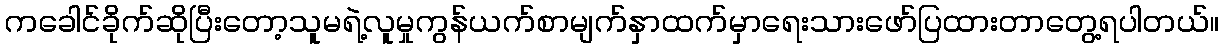
ကခေါင်ခိုက်ဆိုပြီးတော့သူမရဲ့လူမှုကွန်ယက်စာမျက်နှာထက်မှာရေးသားဖော်ပြထားတာတွေ့ရပါတယ်။